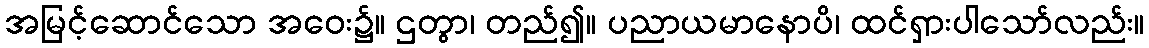
အမြင့်ဆောင်သော အဝေး၌။ ဌတွာ၊ တည်၍။ ပညာယမာနောပိ၊ ထင်ရှားပါသော်လည်း။